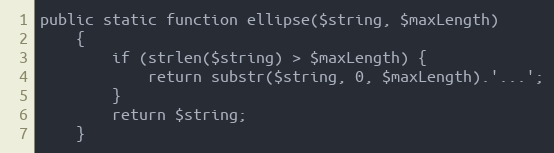
Language: PHP
public static function ellipse($string, $maxLength)
    {
        if (strlen($string) > $maxLength) {
            return substr($string, 0, $maxLength).'...';
        }
        return $string;
    }